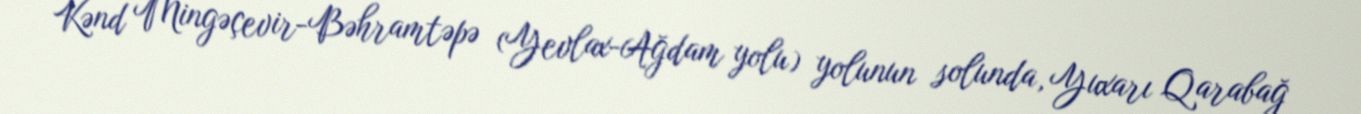
Kənd Mingəçevir-Bəhramtəpə (Yevlax-Ağdam yolu) yolunun solunda, Yuxarı Qarabağ